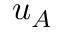
u _ { A }